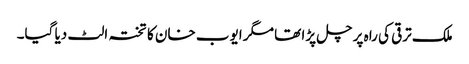
ملک ترقی کی راہ پر چل پڑا تھا مگر ایوب خان کا تختہ الٹ دیا گیا۔